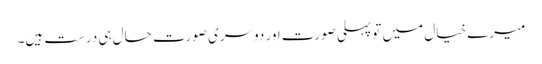
میرے خیال میں تو پہلی صورت اور دوسری صورت حال ہی درست ہیں۔